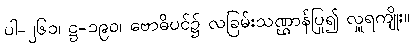
ပါ-၂၆၁၊ ဋ္ဌ-၁၉၀၊ ဗောဓိပင်၌ လခြမ်းသဏ္ဌာန်ပြု၍ လှူရကျိုး။